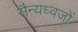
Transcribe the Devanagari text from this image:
सैन्यध्वजों